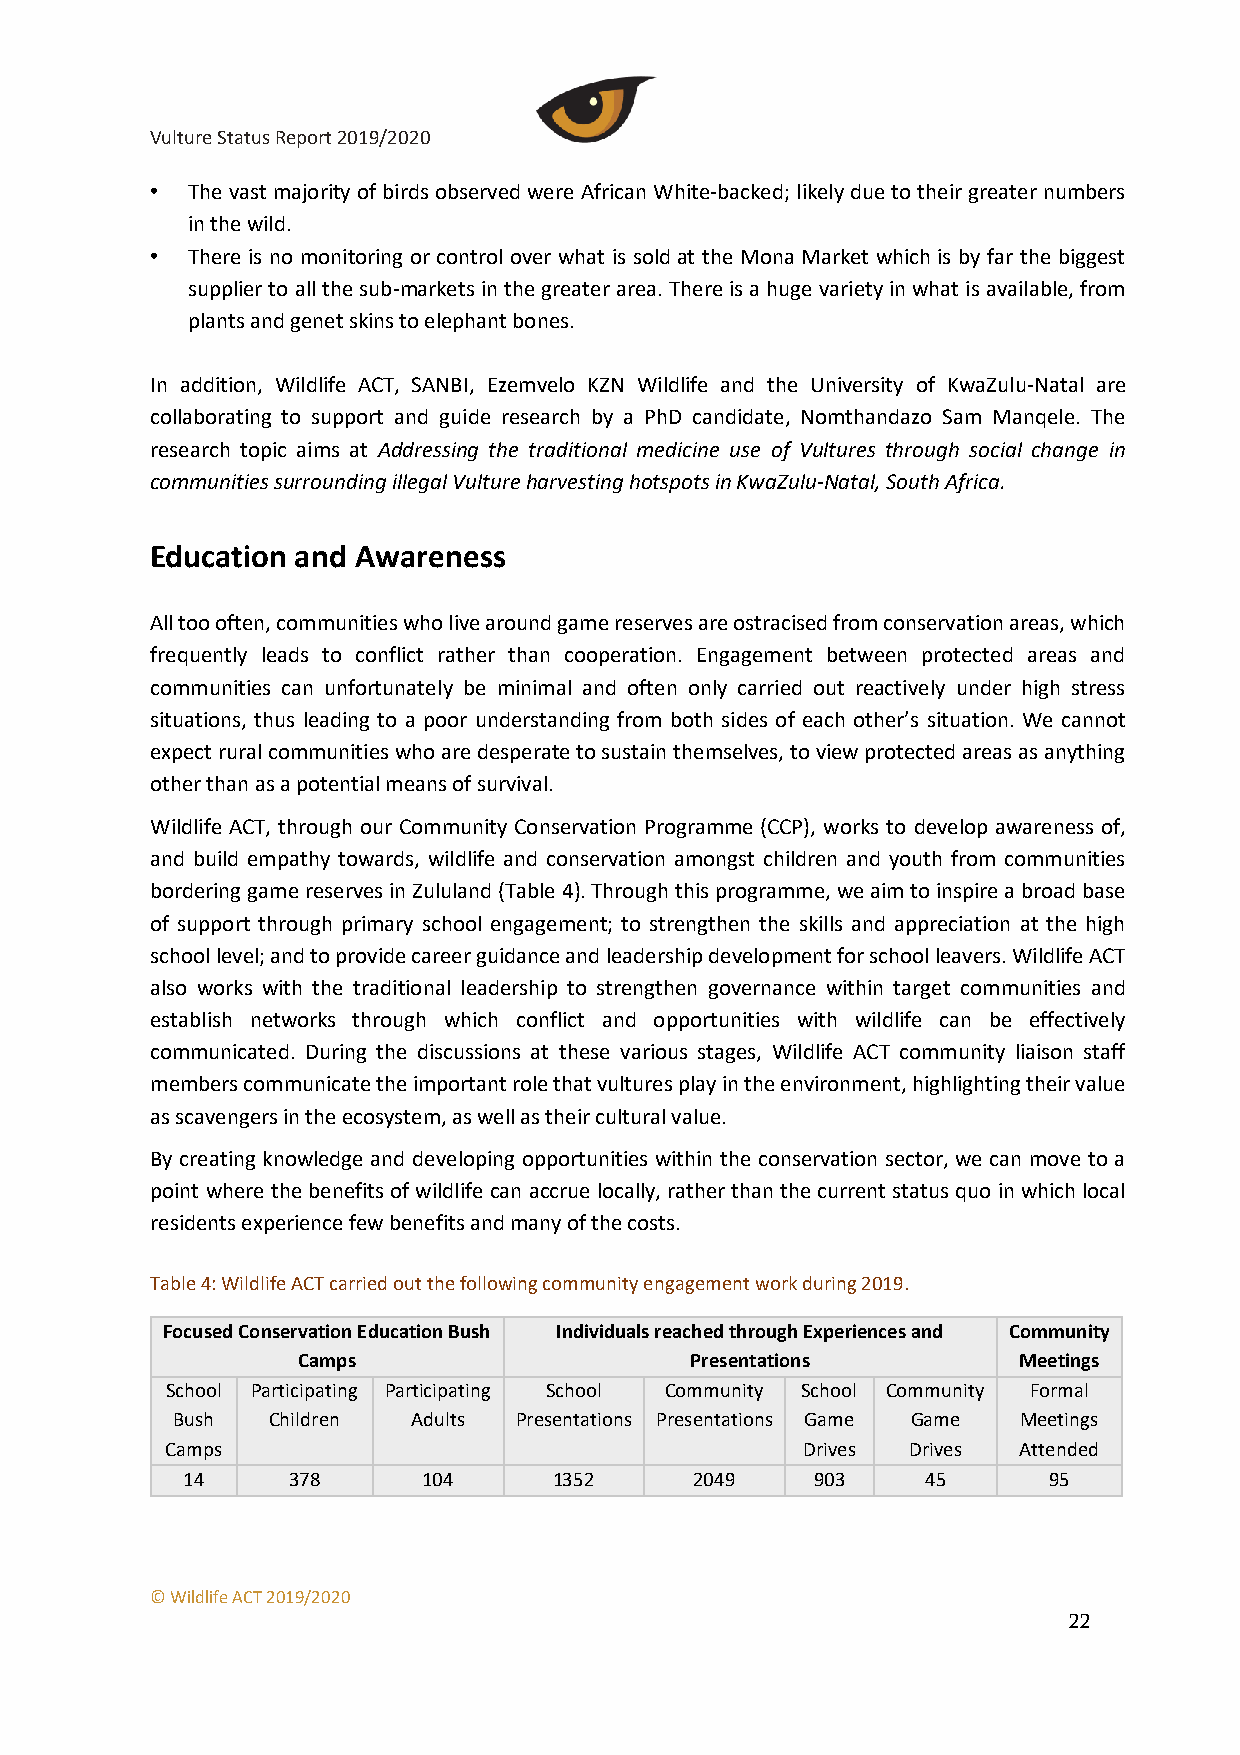
Vulture Status Report 2019/2020
 • The vast majority of birds observed were African White-backed; likely due to their greater numbers
 in the wild.
 • There is no monitoring or control over what is sold at the Mona Market which is by far the biggest
 supplier to all the sub-markets in the greater area. There is a huge variety in what is available, from
 plants and genet skins to elephant bones.
 In addition, Wildlife ACT, SANBI, Ezemvelo KZN Wildlife and the University of KwaZulu-Natal are
 collaborating to support and guide research by a PhD candidate, Nomthandazo Sam Manqele. The
 research topic aims at Addressing the traditional medicine use of Vultures through social change in
 communities surrounding illegal Vulture harvesting hotspots in KwaZulu-Natal, South Africa.
 Education and Awareness
 All too often, communities who live around game reserves are ostracised from conservation areas, which
 frequently leads to conflict rather than cooperation. Engagement between protected areas and
 communities can unfortunately be minimal and often only carried out reactively under high stress
 situations, thus leading to a poor understanding from both sides of each other’s situation. We cannot
 expect rural communities who are desperate to sustain themselves, to view protected areas as anything
 other than as a potential means of survival.
 Wildlife ACT, through our Community Conservation Programme (CCP), works to develop awareness of,
 and build empathy towards, wildlife and conservation amongst children and youth from communities
 bordering game reserves in Zululand (Table 4). Through this programme, we aim to inspire a broad base
 of support through primary school engagement; to strengthen the skills and appreciation at the high
 school level; and to provide career guidance and leadership development for school leavers. Wildlife ACT
 also works with the traditional leadership to strengthen governance within target communities and
 establish networks through which conflict and opportunities with wildlife can be effectively
 communicated. During the discussions at these various stages, Wildlife ACT community liaison staff
 members communicate the important role that vultures play in the environment, highlighting their value
 as scavengers in the ecosystem, as well as their cultural value.
 By creating knowledge and developing opportunities within the conservation sector, we can move to a
 point where the benefits of wildlife can accrue locally, rather than the current status quo in which local
 residents experience few benefits and many of the costs.
 Table 4: Wildlife ACT carried out the following community engagement work during 2019.
 Focused Conservation Education Bush Individuals reached through Experiences and Community
 Camps                     Presentations        Meetings
 School Participating Participating School Community School Community Formal
 Bush   Children Adults Presentations Presentations Game Game Meetings
 Camps                                     Drives Drives Attended
 14     378      104      1352     2049    903    45      95
 © Wildlife ACT 2019/2020
 22